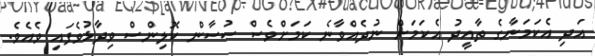
އަދި އެކަމަނާގެ ތާއީދު އެކަމަށް ނުދެއްވާނެ ކަމަށްވެސް ސުސާން ކޮލިންސް ވިދާޅުވެފައި ވެއެވެ.